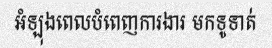
អំឡុងពេលបំពេញការងារ មកទូទាត់